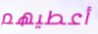
أعطيهم